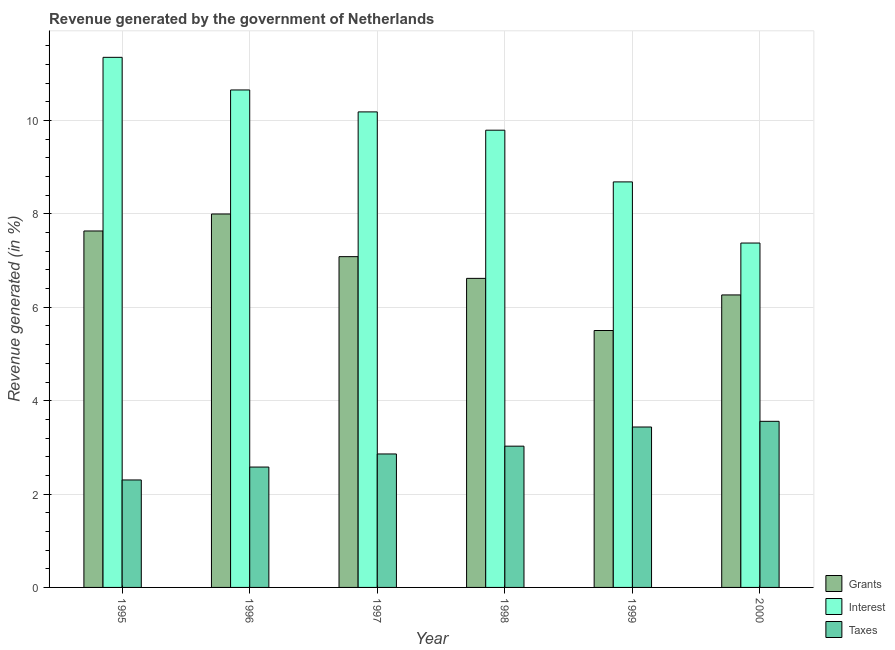
| Year | Grants | Interest | Taxes |
 | --- | --- | --- | --- |
 | 1995 | 7.63 | 11.4 | 2.3 |
 | 1996 | 8 | 10.7 | 2.58 |
 | 1997 | 7.09 | 10.2 | 2.86 |
 | 1998 | 6.62 | 9.79 | 3.03 |
 | 1999 | 5.5 | 8.69 | 3.44 |
 | 2000 | 6.27 | 7.38 | 3.56 |